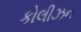
કોલીઝન